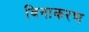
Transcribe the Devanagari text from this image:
विनाकरण